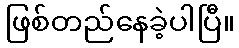
ဖြစ်တည်နေခဲ့ပါပြီ။